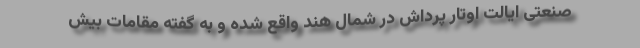
صنعتی ایالت اوتار پرداش در شمال هند واقع شده و به گفته مقامات بیش